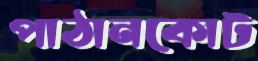
পাঠানকোট